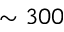
\sim 3 0 0